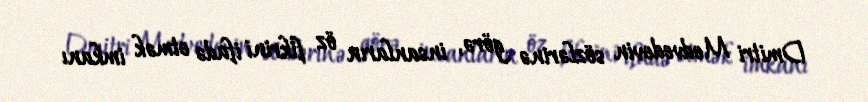
Dmitri Medvedevin sözlərinə görə, insanların öz fikrini ifadə etmək imkanı